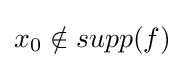
x_{0}\notin supp(f)